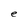
Character: e